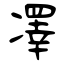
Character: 凙